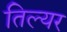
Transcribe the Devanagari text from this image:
तिल्यर